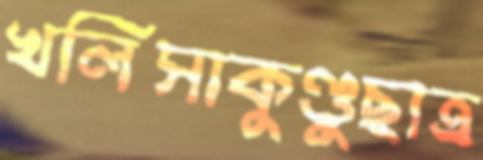
খলিসাকুণ্ডুছাত্র